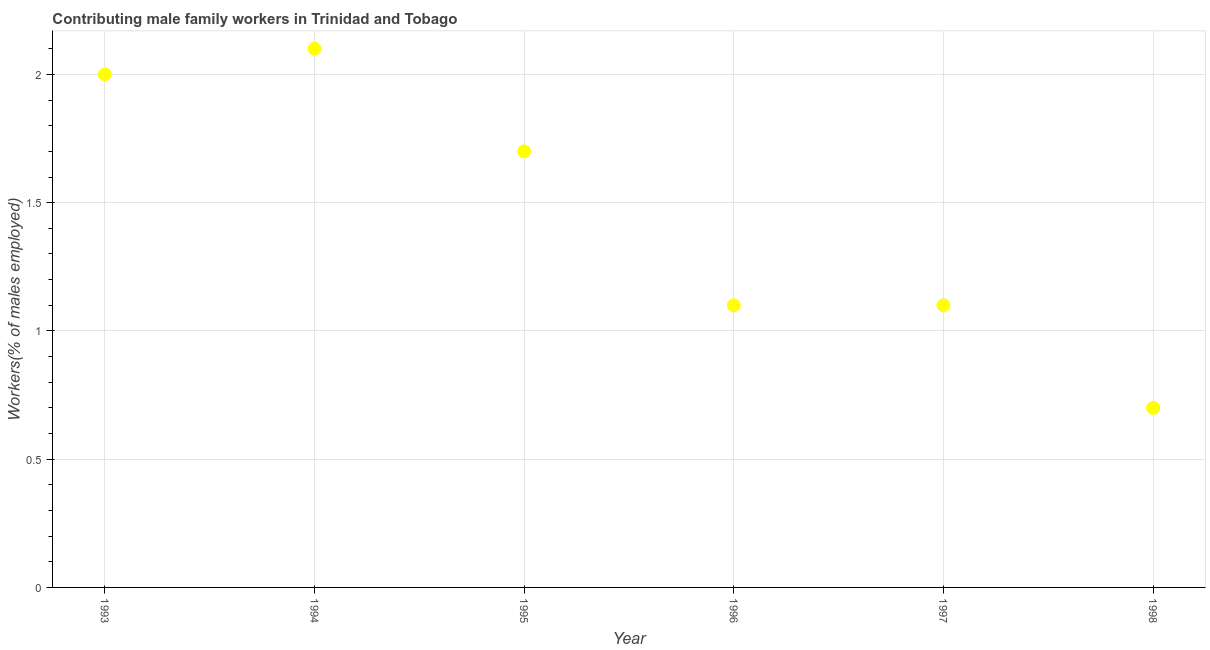
| Year | Contributing family workers |
 | --- | --- |
 | 1993 | 2 |
 | 1994 | 2.1 |
 | 1995 | 1.7 |
 | 1996 | 1.1 |
 | 1997 | 1.1 |
 | 1998 | 0.7 |